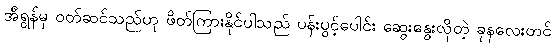
အီရွန်မှ ဝတ်ဆင်သည်ဟု ဖိတ်ကြားနိုင်ပါသည် ပန်းပွင့်ပေါင်း ဆွေးနွေးလိုတဲ့ ခုနလေးတင်